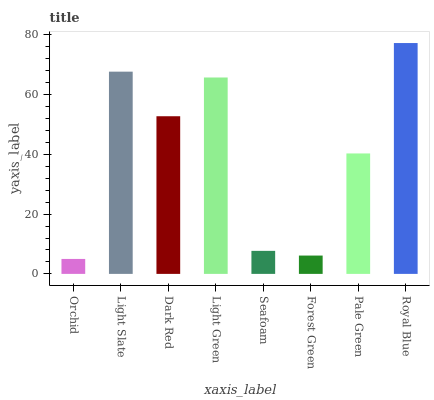
| xaxis_label | bars |
 | --- | --- |
 | Orchid | 5 |
 | Light Slate | 67.6 |
 | Dark Red | 52.7 |
 | Light Green | 65.7 |
 | Seafoam | 7.7 |
 | Forest Green | 6.13 |
 | Pale Green | 40.3 |
 | Royal Blue | 77.2 |